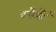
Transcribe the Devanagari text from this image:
वर्सैल्लीस